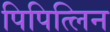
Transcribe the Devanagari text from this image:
पिपित्लिन